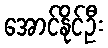
အောင်နိုင်ဦး